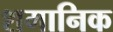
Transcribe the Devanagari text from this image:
शमानिक